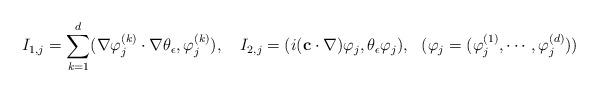
LaTeX: \begin{align*}I_{1,j}=\sum_{k=1}^d(\nabla \varphi_{j}^{(k)}\cdot \nabla \theta_{\epsilon},\varphi_{j}^{(k)}),\ \ \ I_{2,j}=(i(\mathbf{c}\cdot \nabla)\varphi_j,\theta_{\epsilon}\varphi_j),\ \ (\varphi_j=(\varphi_j^{(1)},\cdots,\varphi_j^{(d)}))\end{align*}